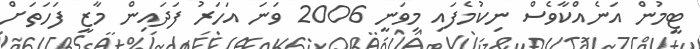
ޓީމުން އަނެއްކާވެސް ނިކުމެފައި މިވަނީ 2006 ވަނަ އަހަރު ފަދައިން މާޒީ ފަހަތަށް